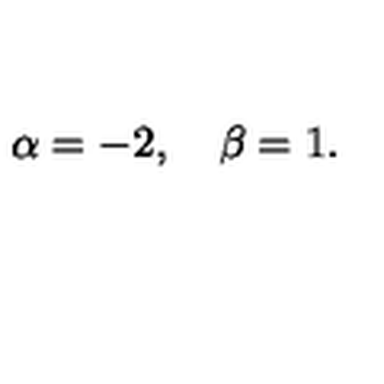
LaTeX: \alpha = - 2 , \quad \beta = 1 .